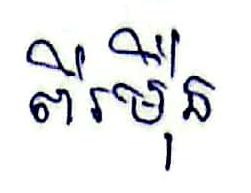
ពីរម៉ឺន